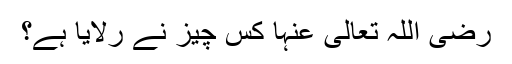
رضی اللہ تعالیٰ عنہا کس چیز نے رلایا ہے؟